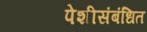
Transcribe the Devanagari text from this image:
पेशीसंबंधित